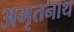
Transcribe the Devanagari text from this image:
अमृतनाथ